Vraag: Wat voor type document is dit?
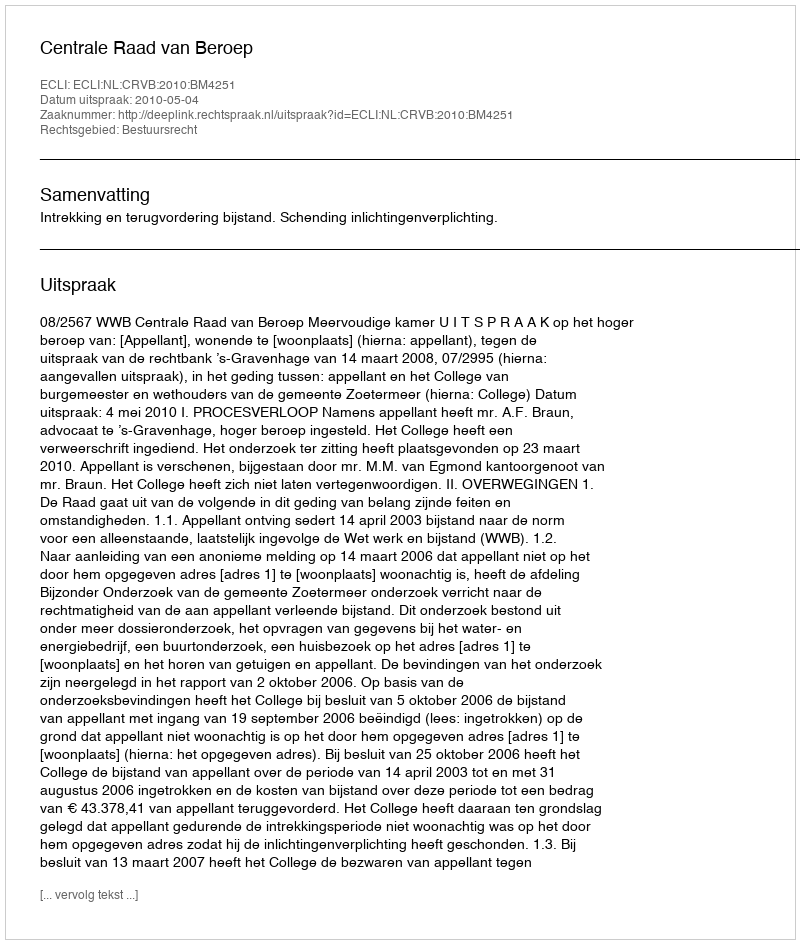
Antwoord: Uitspraak